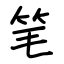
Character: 笔